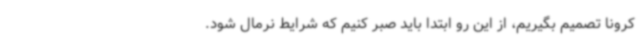
کرونا تصمیم بگیریم، از این رو ابتدا باید صبر کنیم که شرایط نرمال شود.